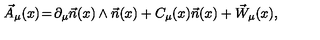
\vec { A } _ { \mu } ( x ) \! = \! \partial _ { \mu } \vec { n } ( x ) \wedge \vec { n } ( x ) + C _ { \mu } ( x ) \vec { n } ( x ) + \vec { W } _ { \mu } ( x ) ,